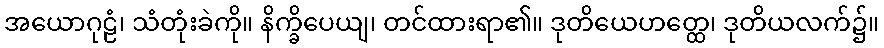
အယောဂုဠံ၊ သံတုံးခဲကို။ နိက္ခိပေယျ၊ တင်ထားရာ၏။ ဒုတိယေဟတ္ထေ၊ ဒုတိယလက်၌။